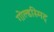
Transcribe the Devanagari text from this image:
गोल्डस्मिट्